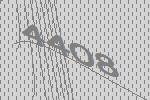
4408